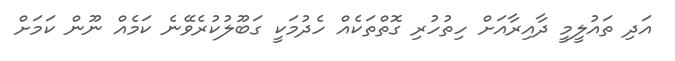
އަދި ތައުލީމީ ދާއިރާއަށް ހިތުހުރި ގޮތްތަކެއް ހެދުމަކީ ގަބޫލުކުރެވޭނެ ކަމެއް ނޫން ކަމަށް